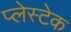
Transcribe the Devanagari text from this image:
प्लेस्टेक